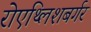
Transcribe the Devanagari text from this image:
रोएथ्लिशबर्गर